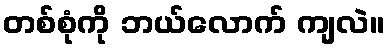
တစ်စုံကို ဘယ်လောက် ကျလဲ။